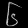
Digit: ၆